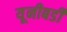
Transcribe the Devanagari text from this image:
यूनीबडी